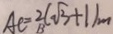
A C = 2 ( \sqrt { 3 } + 1 ) m